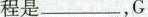
程是_______，G